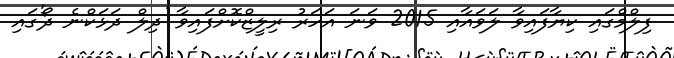
ފިލްމްގައި ކިޔާފައިވާ ލަވައާއި 2015 ވަނަ އަހަރު ރިލީޒްކޮށްފައިވާ 'ދިލް ދަޅަކްނެ ދޯ'ގައި